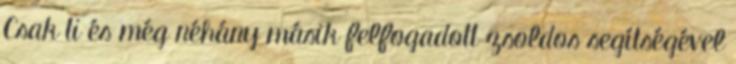
Csak ti és még néhány másik felfogadott zsoldos segítségével